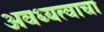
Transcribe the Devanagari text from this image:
अवध्यत्वाचा